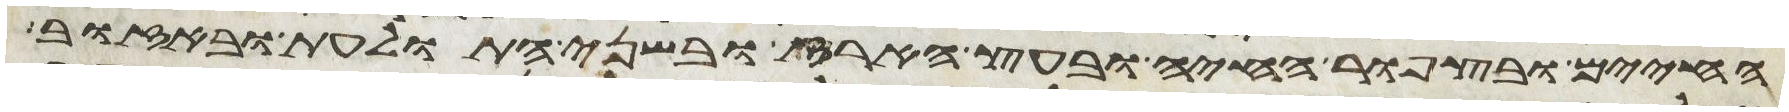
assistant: החיים ובצפור החיה ובעץ הארז ובשני התולעת ובאזוב